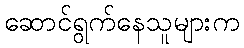
ဆောင်ရွက်နေသူများက